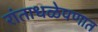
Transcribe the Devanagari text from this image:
रांताधळेपणात